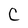
Character: C